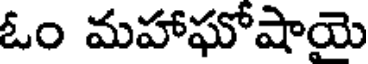
ఓం మహాఘోషాయె